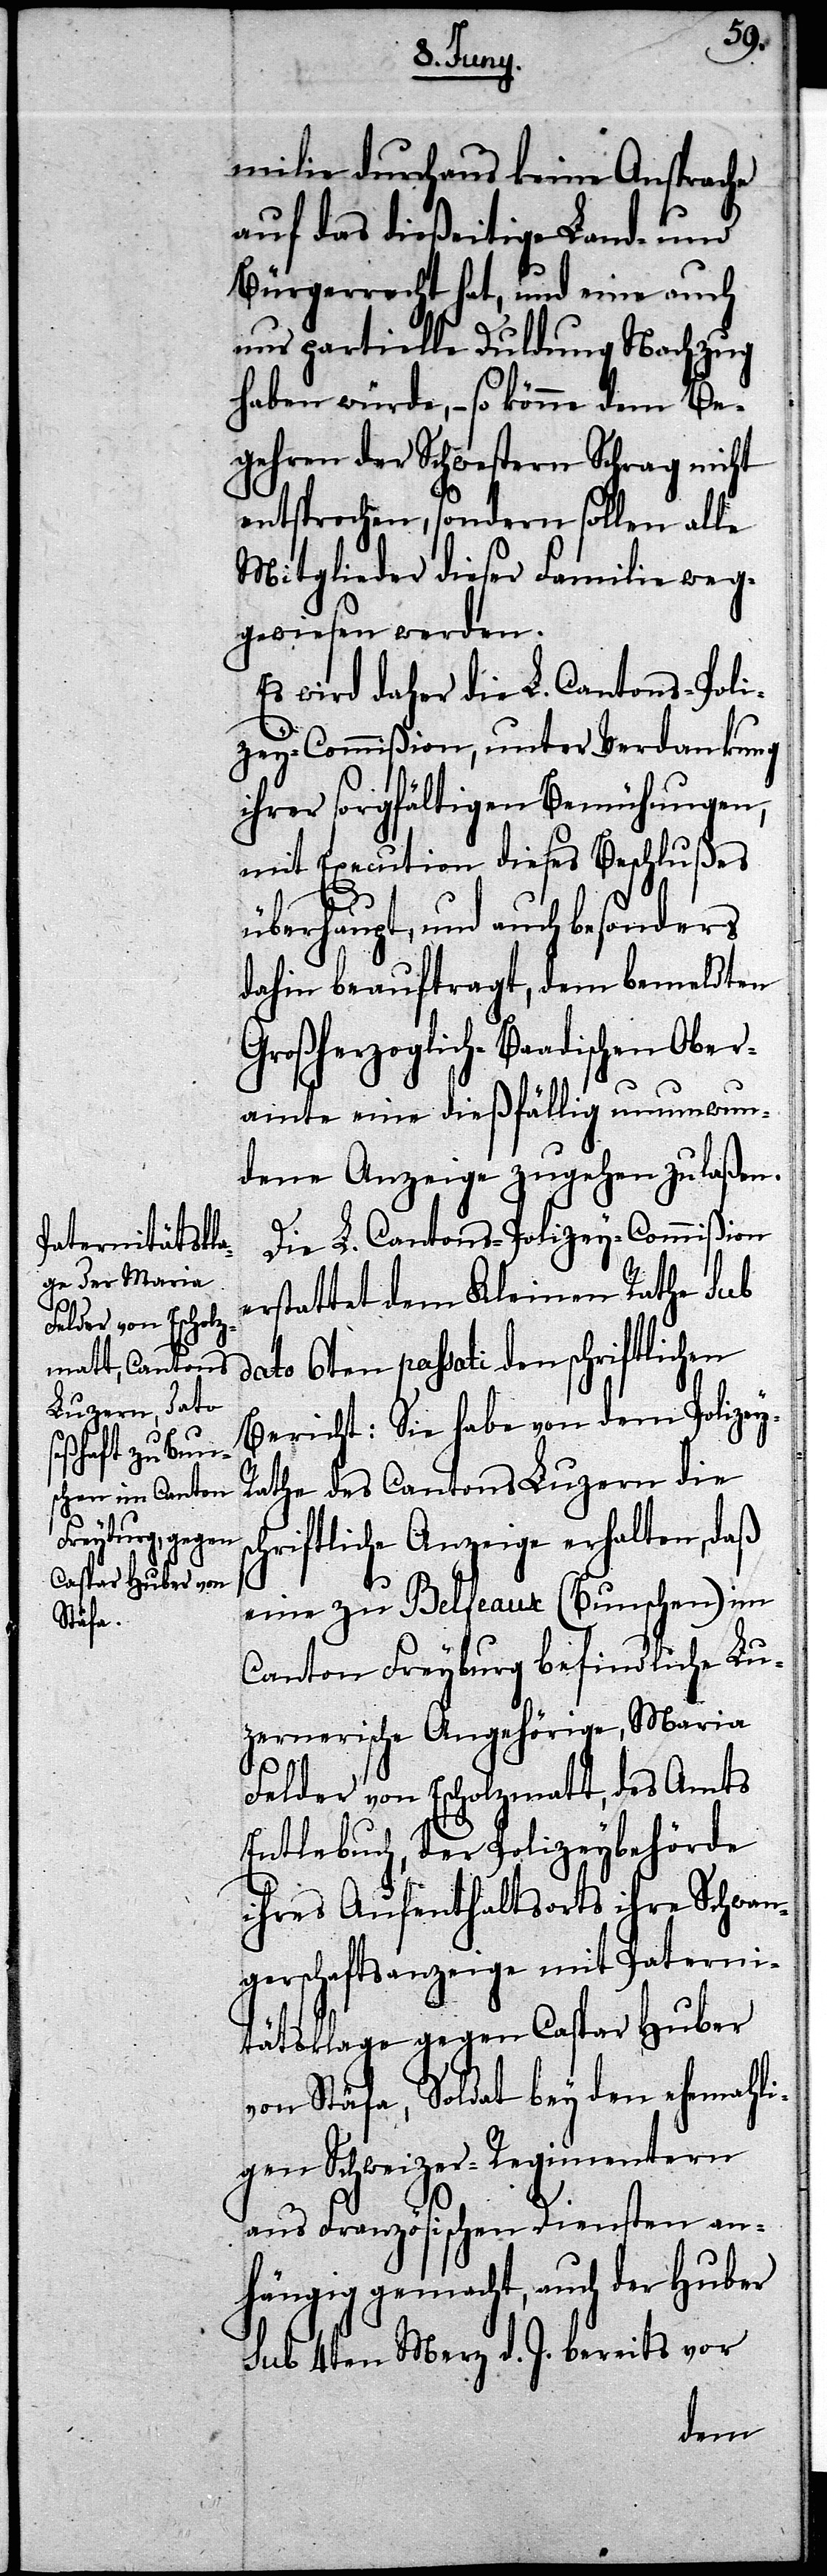
milie durchaus keine Ansprache
auf das dießeitige Land- und
Bürgerrecht hat, und eine auch
nur partielle Duldung Nachzug
haben würde, – so könne dem Be¬
gehren der Schwestern Schrag nicht
entsprochen, sondern sollen alle
Mitglieder dieser Familie weg¬
gewiesen werden.
Es wird daher die L. Cantons-Poli¬
cey-Commißion, unter Verdankung
ihrer sorgfältigen Bemühungen,
mit Execution dieses Beschlußes
überhaupt, und auch besonders
dahin beauftragt, dem bemeldten
Großherzoglich-Baadischen Ober¬
amte eine dießfällig unumwun¬
dene Anzeige zugehen zu laßen.
Die L. Cantons-Polizey-Commißion
erstattet dem Kleinen Rathe Sub
dato 6ten passati den schriftlichen
Bericht: Sie habe von dem Polizey-R¬
athe des Cantons Luzern die s¬
chriftliche Anzeige erhalten, daß
eine zu Befeaux (Bunschen) im
Canton Freyburg befindliche Lu¬
zernerische Angehörige, Maria
Felder von Escholzmatt, des Amts
Entlebuch, der Polizeybehörde
ihres Aufenthaltsorts ihre Schwan¬
gerschaftsanzeige mit Paterni¬
tätsklage gegen Caspar Huber
von Stäfa, Soldat bey den ehemahli¬
gen Schweizer-Regimentern
aus Französischen Diensten an¬
hängig gemacht, auch der Huber
Sub 4ten Merz d. J. bereits von